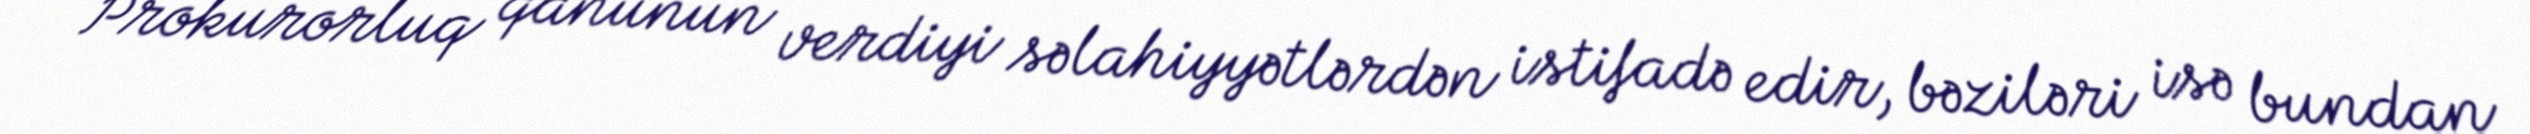
Prokurorluq qanunun verdiyi səlahiyyətlərdən istifadə edir, bəziləri isə bundan